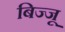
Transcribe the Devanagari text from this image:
बिज्‍जू